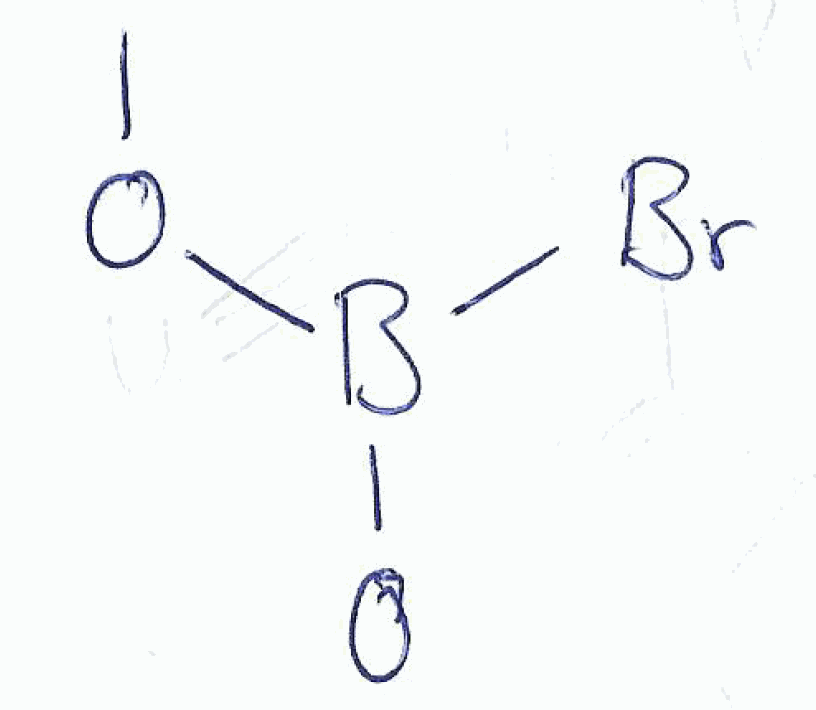
Simplified molecular-input line-entry system (SMILES) notation of the given molecule:
B([O-])(OC)Br